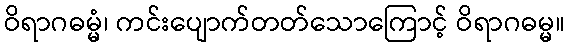
ဝိရာဂဓမ္မံ၊ ကင်းပျောက်တတ်သောကြောင့် ဝိရာဂဓမ္မ။